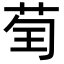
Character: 𦮱